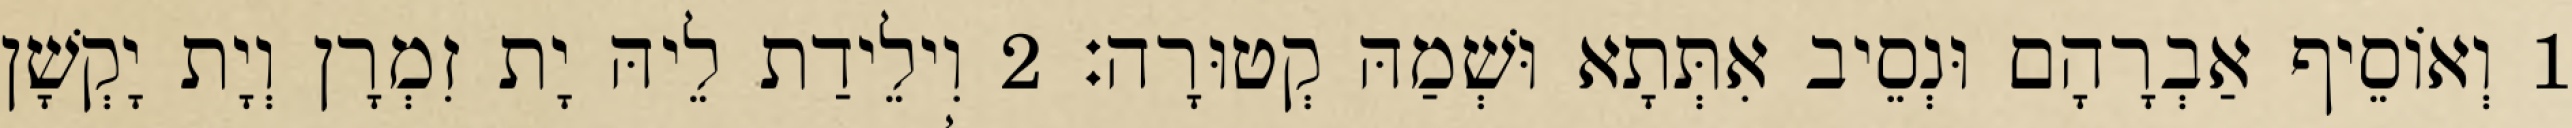
1 וְאוֹסֵיף אַבְרָהָם וּנְסֵיב אִתְּתָא וּשְׁמַהּ קְטוּרָה׃ 2 וִילֵידַת לֵיהּ יָת זִמְרָן וְיָת יָקְשָׁן